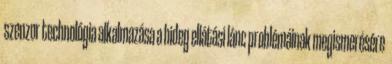
szenzor technológia alkalmazása a hideg ellátási lánc problémáinak megismerésére